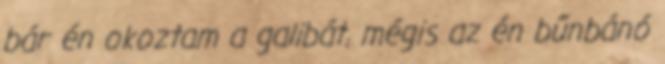
bár én okoztam a galibát, mégis az én bűnbánó